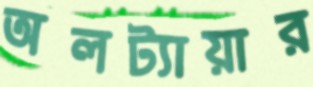
অলট্যায়ার